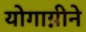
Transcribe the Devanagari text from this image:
योगाग्नीने